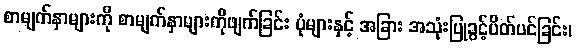
စာမျက်နှာများကို စာမျက်နှာများကိုဖျက်ခြင်း ပုံများနှင့် အခြား အသုံးပြုခွင့်ပိတ်ပင်ခြင်း၊